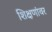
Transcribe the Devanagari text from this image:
शिक्षणांवर